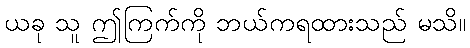
ယခု သူ ဤကြက်ကို ဘယ်ကရထားသည် မသိ။